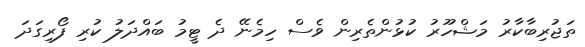
ތަޖުރިބާކާރު މަޝްހޫރު ކުޅުންތެރިން ވެސް ހިމެނޭ ދެ ޓީމު ބައްދަލު ކުރި ފޯރިގަދަ